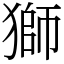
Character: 獅